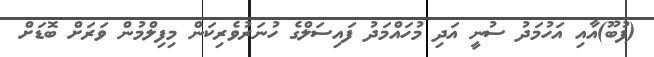
(ފުބޫ)އާއި އަހުމަދު ސުނީ އަދި މުހައްމަދު ފައިސަލްގެ ހުނަރުވެރިކަން މިފިލްމުން ވަރަށް ބޮޑަށް